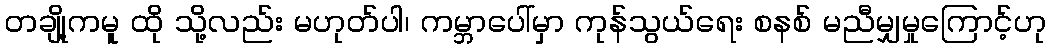
တချို့ကမူ ထို သို့လည်း မဟုတ်ပါ၊ ကမ္ဘာပေါ်မှာ ကုန်သွယ်ရေး စနစ် မညီမျှမှုကြောင့်ဟု